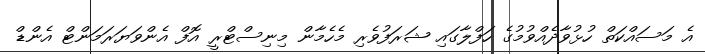
އެ މަސައްކަތް ހުޅުވާދެއްވުމުގެ ހަފްލާގައި ޝަރަފުވެރި މެހެމާން މިނިސްޓްރީ އޮފް އެންވަޔަރަމަންޓް އެންޑް